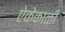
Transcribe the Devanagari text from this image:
ऐकेकाळी